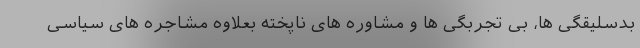
بدسلیقگی ها، بی تجربگی ها و مشاوره های ناپخته بعلاوه مشاجره های سیاسی